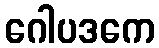
ဂေါပဒကေ